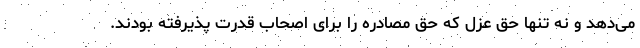
می‌دهد و نه تنها حق عزل که حق مصادره را برای اصحاب قدرت پذیرفته بودند.